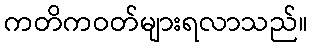
ကတိကဝတ်များရလာသည်။